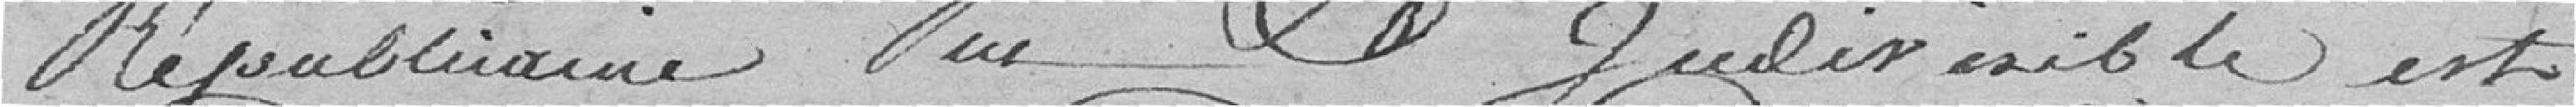
Républicaine Une et Indivisible, est